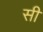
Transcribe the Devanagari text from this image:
सी